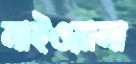
লাইওয়ালা